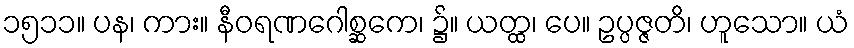
၁၅၁၁။ ပန၊ ကား။ နီဝရဏဂေါစ္ဆကေ၊ ၌။ ယတ္ထ၊ ပေ။ ဥပ္ပဇ္ဇတိ၊ ဟူသော။ ယံ